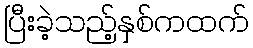
ပြီးခဲ့သည့်နှစ်ကထက်